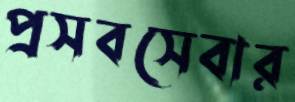
প্রসবসেবার